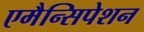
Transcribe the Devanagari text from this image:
एमैन्सिपेशन